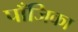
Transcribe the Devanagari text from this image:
पाँजिका